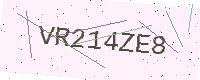
Text: VR214ZE8